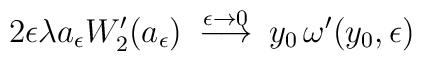
2 \epsilon \lambda a_{\epsilon} W_2'(a_{\epsilon}) \> \stackrel{\epsilon \to 0}{\longrightarrow} \> y_0 \, \omega'(y_0,\epsilon)